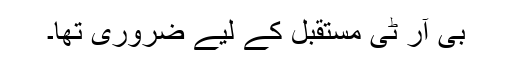
بی آر ٹی مستقبل کے لیے ضروری تھا۔